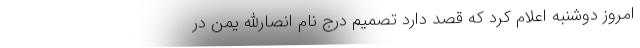
امروز دوشنبه اعلام کرد که قصد دارد تصمیم درج نام انصارالله یمن در